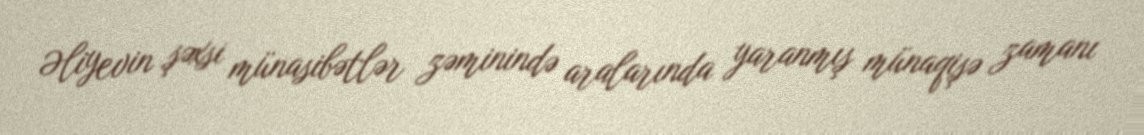
Əliyevin şəxsi münasibətlər zəminində aralarında yaranmış münaqişə zamanı